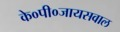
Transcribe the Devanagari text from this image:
के०पी०जायसवाल